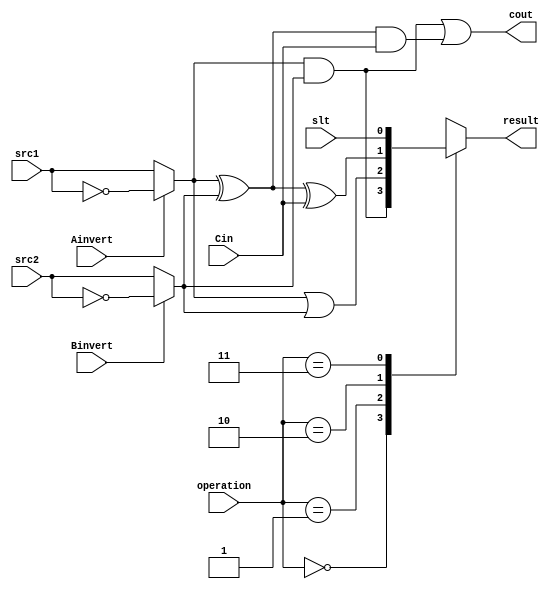
/***************************************************
Student Name: , 
Student ID: 0716229, 0716236
***************************************************/
`timescale 1ns/1ps

module ALU_1bit(
	input				src1,       //1 bit source 1  (input)
	input				src2,       //1 bit source 2  (input)
	input 				Ainvert,    //1 bit A_invert  (input)
	input				Binvert,    //1 bit B_invert  (input)
	input 				Cin,        //1 bit carry in  (input)
	input 	    [2-1:0] operation,  //2 bit operation (input)
	output reg          result,     //1 bit result    (output)
	output reg          cout,        //1 bit carry out (output)
	input				slt
	);

/* Write your code HERE */
	reg a1,b1;
	wire andout,orout,addout,tp;
always@(*)begin
	if(Ainvert == 1'b0)begin
	a1 = src1;
	end
	else begin
	a1= ~src1;
	end

	if(Binvert== 1'b0)begin
	b1=src2;
	end
	else begin
	b1= ~src2;
	end
end
	assign andout =a1 & b1;
	assign orout = a1 | b1;
	assign tp = a1 ^ b1;
	assign addout = tp ^ Cin;
	
always@(*)begin
	cout = (a1 & b1) | (tp & Cin);
	case(operation)
		2'b00: result = andout;
		2'b01: result = orout;
		2'b10: result = addout;
		2'b11: result = slt;
	endcase
end
	





endmodule